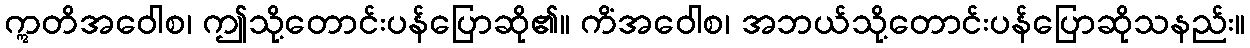
ဣတိအဝေါစ၊ ဤသို့တောင်းပန်ပြောဆို၏။ ကိံအဝေါစ၊ အဘယ်သို့တောင်းပန်ပြောဆိုသနည်း။